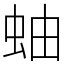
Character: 蚰